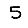
Digit: 5